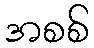
အစစ်